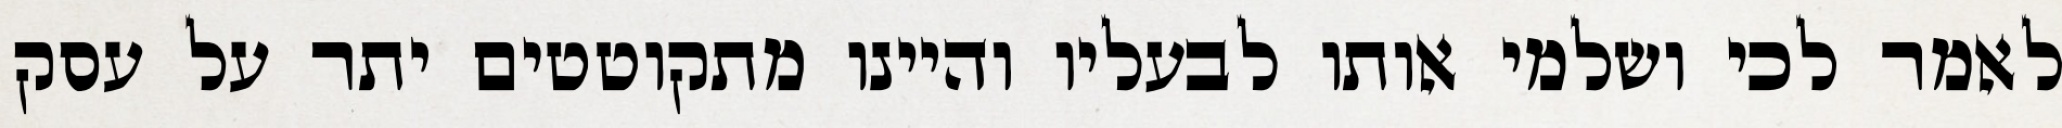
לאמר לכי ושלמי אותו לבעליו והיינו מתקוטטים יתר על עסק